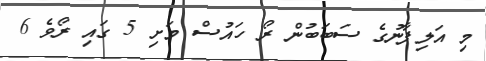
މި އަލިފާނުގެ ސަބަބުން ރޯ ހައުސް މަށި 5 ގައި ރޯވެ 6